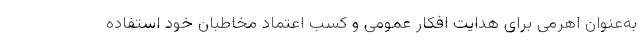
به‌عنوان اهرمی برای هدایت افکار عمومی و کسب اعتماد مخاطبان خود استفاده